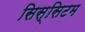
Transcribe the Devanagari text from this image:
सिस्सिटम